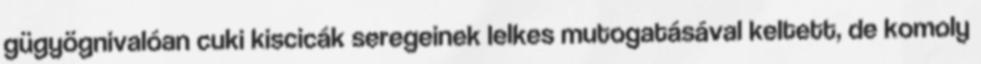
gügyögnivalóan cuki kiscicák seregeinek lelkes mutogatásával keltett, de komoly